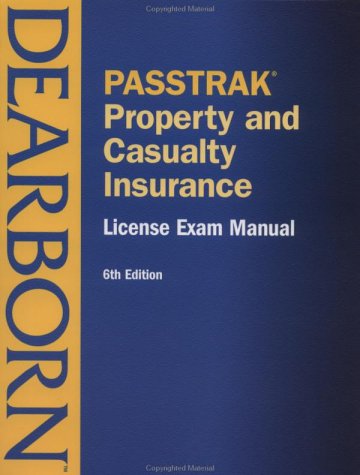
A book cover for Property and Casualty Insurance License Exam Manual, 6th Edition Revised; Business & Money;